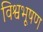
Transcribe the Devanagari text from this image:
विश्वभूषण